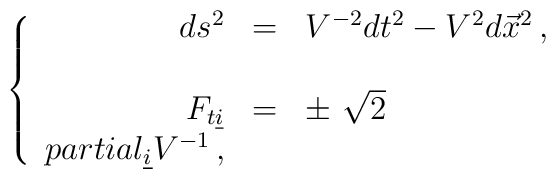
\left\{\begin{array}{rcl}ds^{2} & = & V^{-2} dt^{2} -V^{2}d\vec{x}^{2}\, ,\\& &\\F_{t\underline{i}} & = & \pm\ \sqrt{2}\\partial_{\underline{i}}V^{-1}\, ,\end{array}\right.